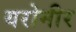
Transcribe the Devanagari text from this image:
यरोमीर